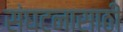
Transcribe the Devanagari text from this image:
संघटनासाठी